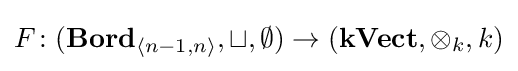
F\colon (\mathbf {Bord} _{\langle n-1,n\rangle },\sqcup ,\emptyset )\rightarrow (\mathbf {kVect} ,\otimes _{k},k)